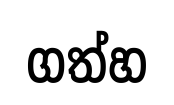
ගත්හ